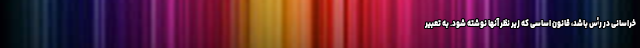
خراسانی در رأس باشد،‌ قانون اساسی که زیر نظر آنها نوشته شود. به تعبیر